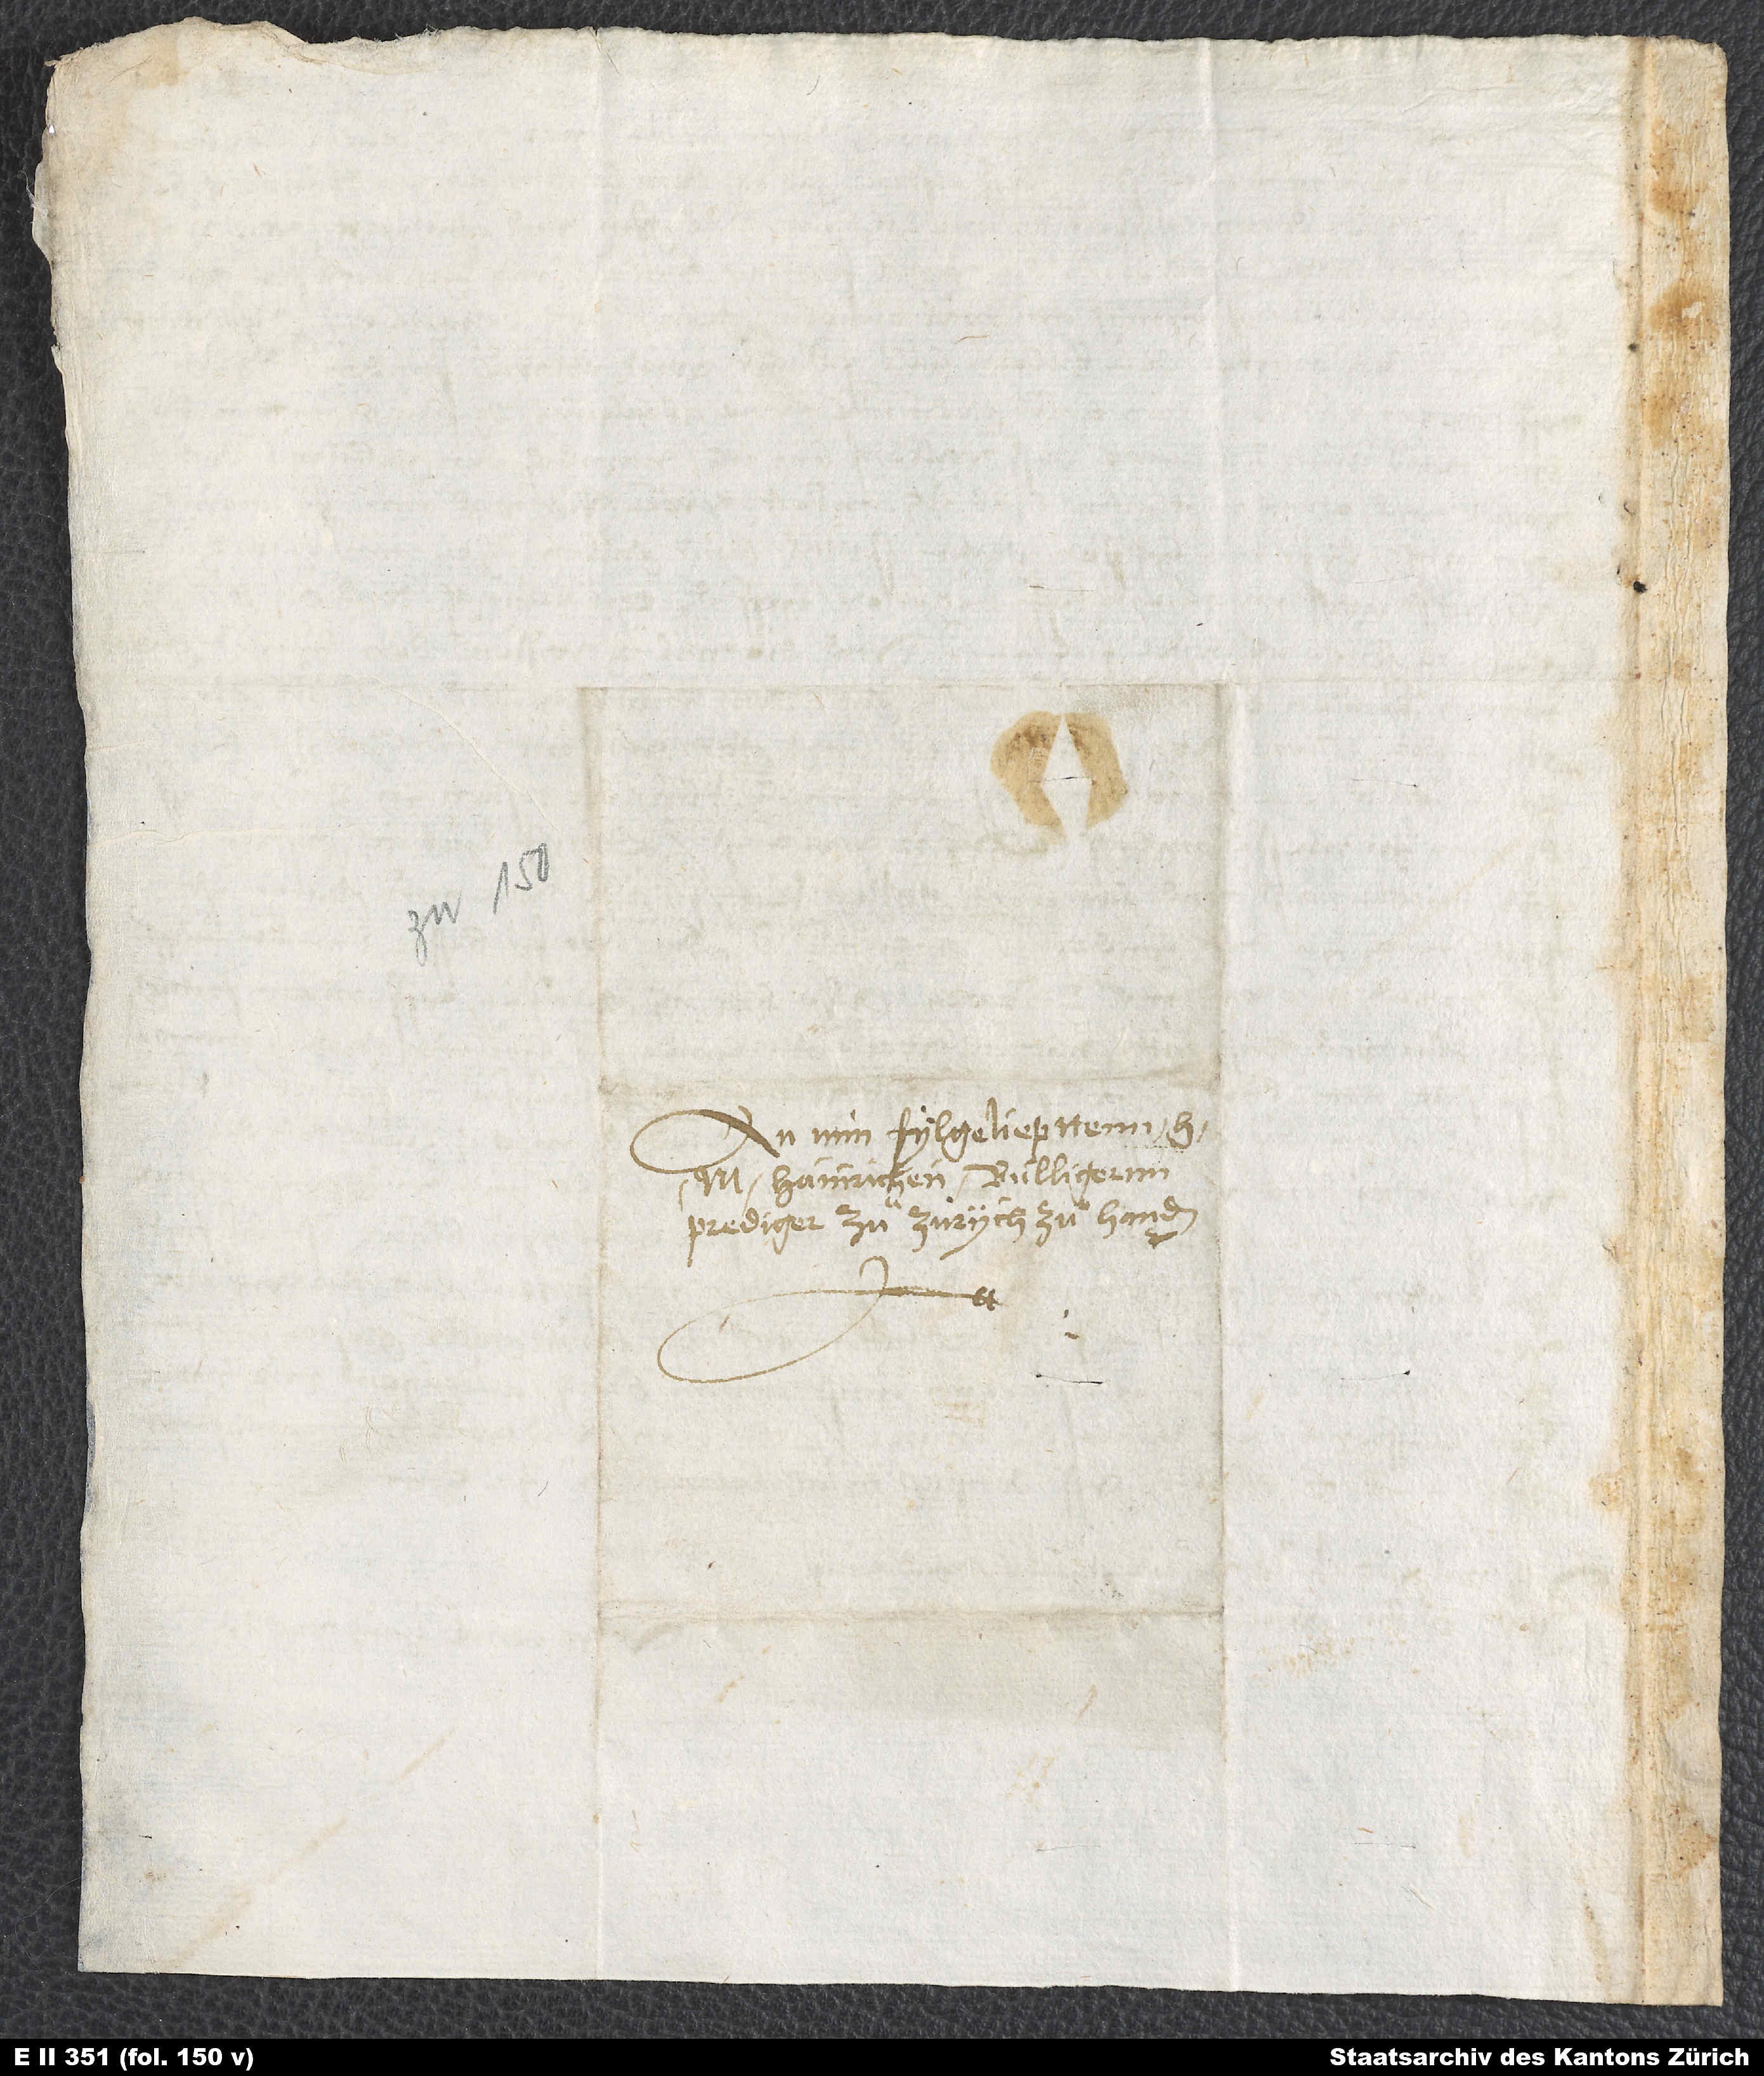
An min fylgeliepttenn h
M. Hainrichen Bullingernn,
prediger zuͦ Zürych, zuͦ handen.